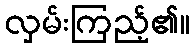
လှမ်းကြည့်၏။